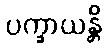
ပက္ခာယန္တိ